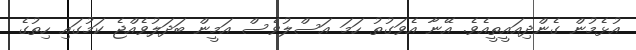
އުޅެމުން ގެންދިއައީތީއެވެ. އޭނާ އެވަގުތު ހަމަ އަސްލުވެސް އަމީން ބަދަލުވެއްޖެ ކަމުގައި ހިތުގެ